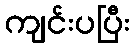
ကျင်းပပြီး